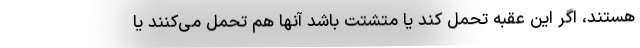
هستند، اگر این عقبه تحمل کند یا متشتت باشد آنها هم تحمل می‌کنند یا